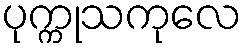
ပုက္ကုသကုလေ